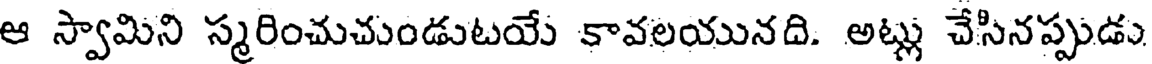
ఆ స్వామిని స్మరించుచుండుటయే కావలయునది. అట్లు చేసినప్పుడు